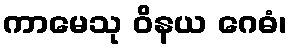
ကာမေသု ဝိနယ ဂေဓံ၊